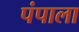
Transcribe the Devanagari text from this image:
पंपाला